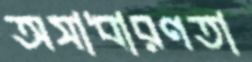
অসাধারণতা